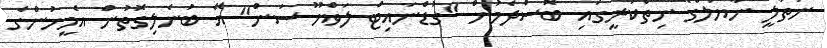
ނަތާލީ ނާޔަލްގެ ނިތްކުރީގައި ބޮސްދެމުން "ގުޑްނައިޓް ލަވްޔޫ ސަން" އޭ ބުނެލިގޮތުން އެމީހުންގެ